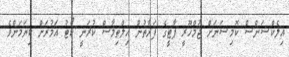
އިލެކްޝަންސް ކޮމިޝަނަށް ޖުމްހޫރީ ޕާޓީގެ ފަރާތުން އިލްތިމާސް ކުރަނީ ކޯޓު އަމުރަށް ކިޔަމަންވެ